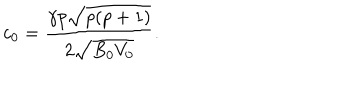
LaTeX: c _ { 0 } = \frac { \gamma p \sqrt { p ( p + 1 ) } } { 2 \sqrt { B _ { 0 } V _ { 0 } } } .